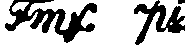
Fmf. pi